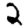
Digit: 2